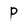
Character: P